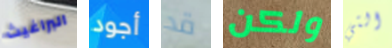
البراغيث أجود قد ولكن التي